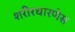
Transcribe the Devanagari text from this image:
शरीरधारणेस